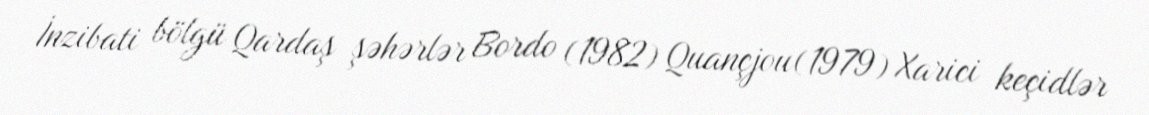
İnzibati bölgü Qardaş şəhərlər Bordo (1982) Quançjou(1979) Xarici keçidlər